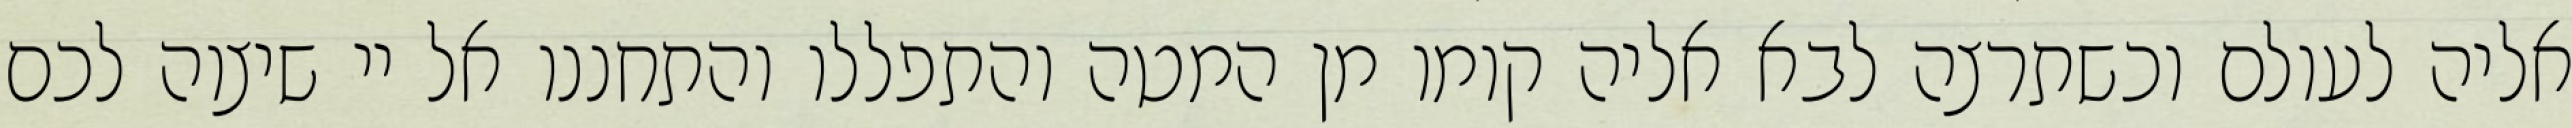
אליה לעולם וכשתרצה לבא אליה קומו מן המטה והתפללו והתחננו אל יי שיצוה לכם